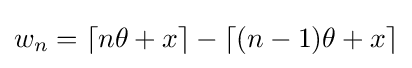
w_{n}=\lceil n\theta +x\rceil -\lceil (n-1)\theta +x\rceil